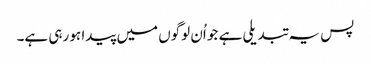
پس یہ تبدیلی ہے جو اُن لوگوں میں پیدا ہو رہی ہے۔